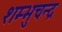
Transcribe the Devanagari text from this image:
शम्भुचन्द्र